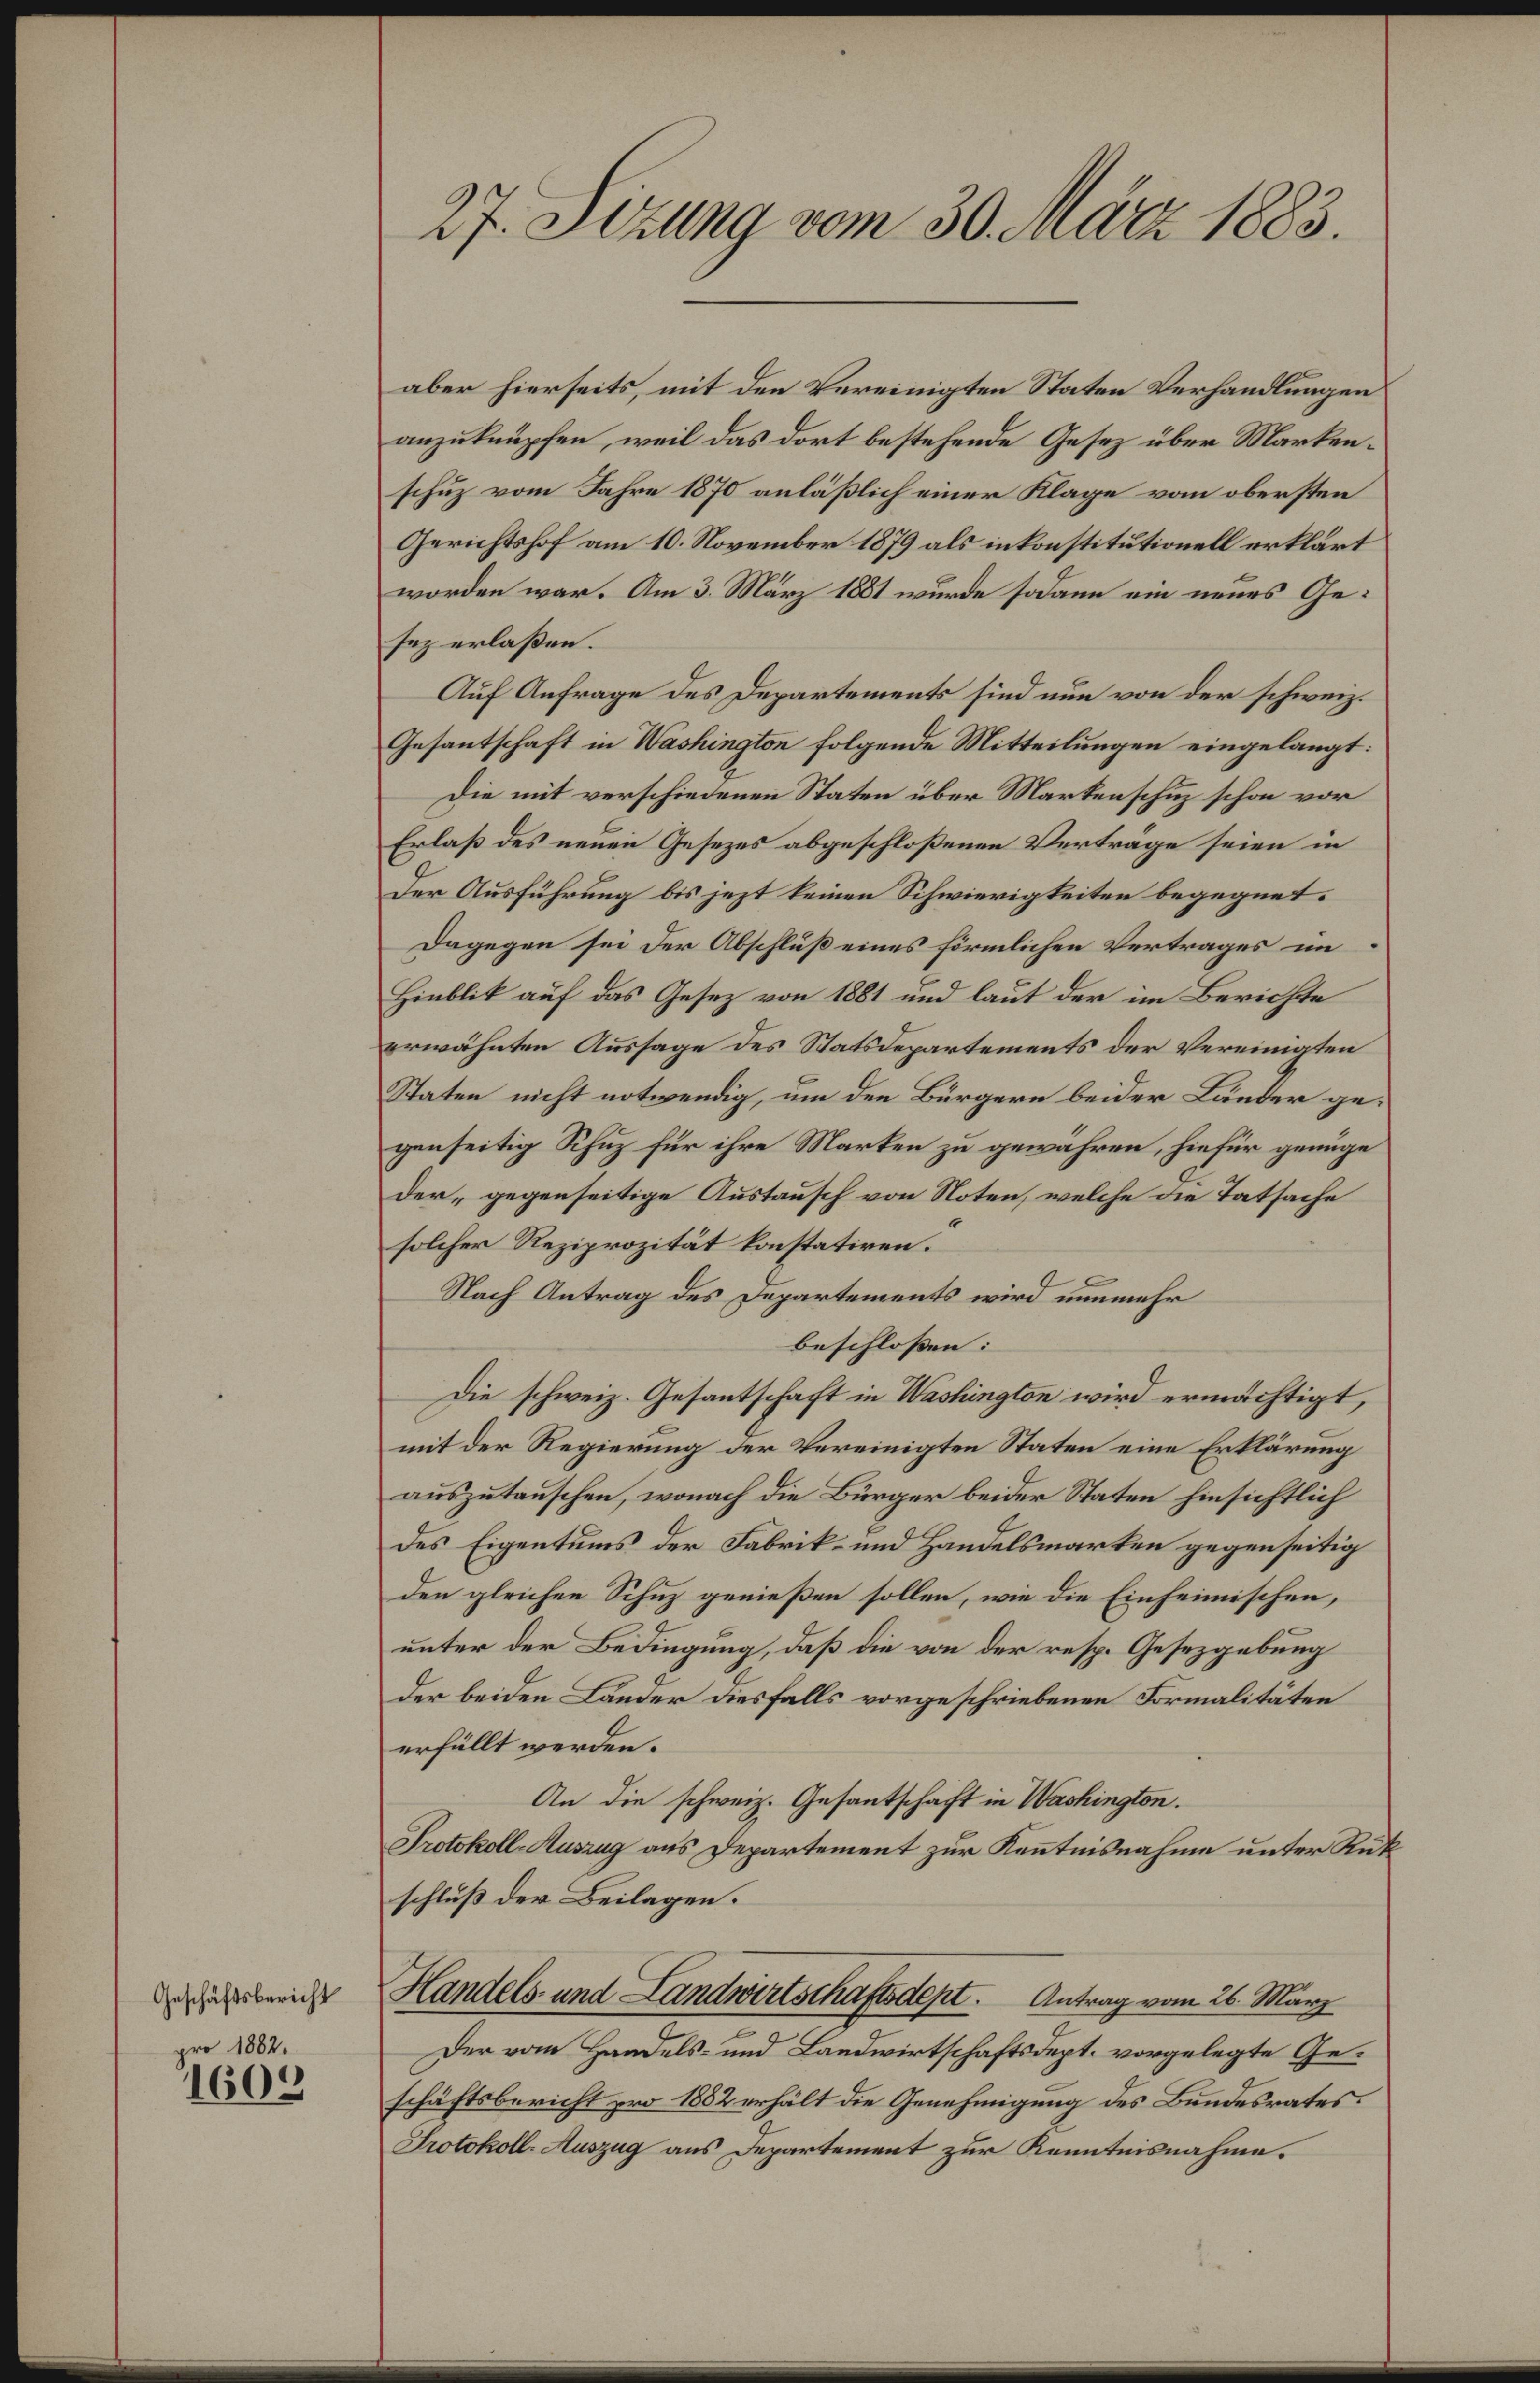
Geschäftsbericht
pro 1882.

1605

27. Sizung vom 30. März 1883.

aber hierseits, mit den Vereinigten Staten Verhandlungen
anzuknüpfen, weil das dort bestehende Gesetz über Markenschuz vom Jahre 1870 anläßlich einer Klage vom obersten
Gerichtshof am 10. November 1879 als inkonstitutionell erklärt
worden war. Am 3. März 1881 wurde sodann ein neues Gesez erlaßen.
Auf Anfrage des Departements sind nun von der schweiz.
Gesantschaft in Washington folgende Mitteilungen eingelangt:
Die mit verschiedenen Staten über Markenschutz schon vor
Erlaß des neuen Gesezes abgeschloßenen Verträge seien in
Der Ausführung bis jezt keinen Schwierigkeiten begegnet.
Dagegen sei der Abschluß eines förmlichen Vertrages im
Hinblik auf das Gesetz von 1881 und laut der im Berichte
erwähnten Aussage des Statsdepartements der Vereinigten
Staten nicht notwendig, um den Bürgern beider Länder gegenseitig Schuz für ihre Marken zu gewähren, hiefür genüge
der „gegenseitige Austausch von Noten, welche die Tatsache
solcher Reziprozität konstatiren.
Nach Antrag des Departements wird nunmehr
beschlossen: |
Die schweiz. Gesantschaft in Washington wird ermächtigt,
mit der Regierung der Vereinigten Staten eine Erklärung
auszutauschen, wonach die Bürger beider Staten hinsichtlich
des Eigentums der Fabrik- und Handelsmarken gegenseitig
den gleichen Schuz genießen sollen, wie die Einheimischen,
unter der Bedingung, daß die von der resp. Gesetzgebung
Der beiden Länder diesfalls vorgeschriebenen Formalitäten
erfüllt werden.
An die schweiz. Gesantschaft in Washington.
Protokoll-Auszug aus Departement zur Kenntnisnahme unter Rükschluß der Beilagen.
Handels- und Landwirtschaftsdept. Antrag vom 26. März
Der vom Handels- und Landwirtschaftsdept. vorgelegte Geschäftsbericht pro 1882 erhält die Genehmigung des Bundesrates.
Protokoll-Auszug aus Departement zur Kenntnisnahme.